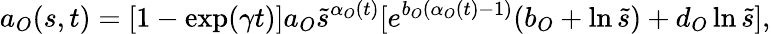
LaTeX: a_{O}(s,t)=[1-\exp(\gamma t)]a_{O}\tilde{s}^{\alpha_{O}(t)}[e^{b_{O}(\alpha_{O}(t)-1)}(b_{O}+\ln\tilde{s})+d_{O}\ln\tilde{s}],